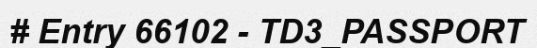
# Entry 66102 - TD3_PASSPORT